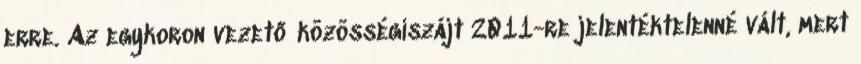
erre. Az egykoron vezető közösségiszájt 2011-re jelentéktelenné vált, mert